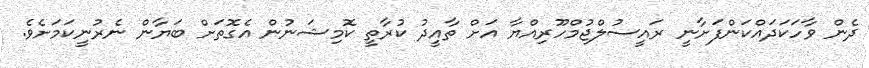
ދެން ވާހަކަދައްކަންފަށާނީ ރައީސުލްޖުމްހޫރިއްޔާ އަށް ތާއީދު ކުރާތީ ކޮމިޝަނުން އެގޮތަށް ބަޔާން ނެރުނީކަމަށެވެ.